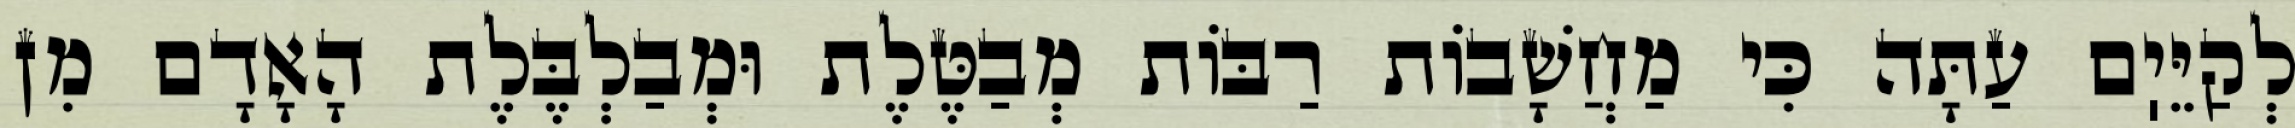
לְקַיֵּיֽם עַתָּה כִּי מַחֲשָׁבוֹת רַבּוֹת מְבַטֶּלֶת וּמְבַלְבֶּלֶת הָאָדָם מִן